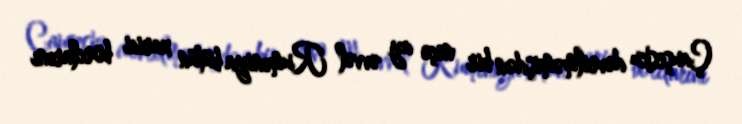
Çauşesku devrilməmişdən bir neçə ay əvvəl Rumıniya bütün xarici borclarını